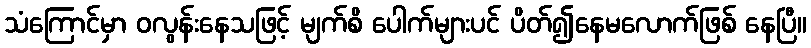
သံကြောင်မှာ ဝလွန်းနေသဖြင့် မျက်စိ ပေါက်များပင် ပိတ်၍နေမလောက်ဖြစ် နေပြီ။